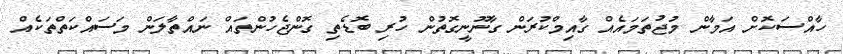
ހާއްސަކޮށް އަމާން މުޖުތަމައެއް ގާއިމްކުރަން ގާނޫނީގޮތުން ހުރި ބޮޑެތި ގޮންޖެހުންތައް ނައްތާލަން މަސައްކަތްތަކެއް